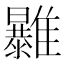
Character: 𩁠